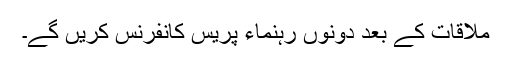
ملاقات کے بعد دونوں رہنماء پریس کانفرنس کریں گے۔